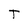
Character: T